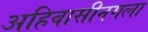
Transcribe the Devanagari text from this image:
अहिवासीनगला